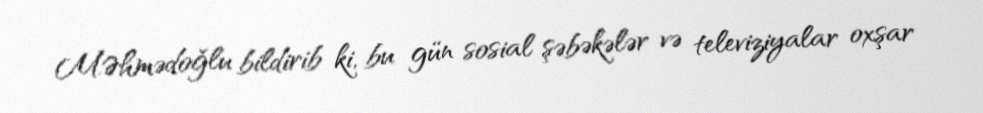
M.Əhmədoğlu bildirib ki, bu gün sosial şəbəkələr və televiziyalar oxşar